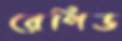
রেপিড